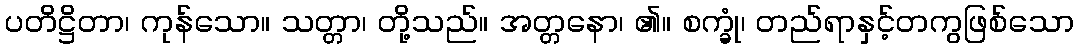
ပတိဋ္ဌိတာ၊ ကုန်သော။ သတ္တာ၊ တို့သည်။ အတ္တနော၊ ၏။ စက္ခုံ၊ တည်ရာနှင့်တကွဖြစ်သော